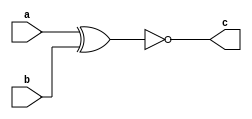
// Gate Level Modeling
module xnor_gate(c,a,b);
input a,b;
output c;
xnor (c,a,b);
endmodule

//Test Bench
module xnor_test;
reg a,b;
wire c;
xnor_gate  xnor_test(c,a,b);
initial
begin
#000 a=0;b=0;
#100 a=0;b=1;
#100 a=1;b=0;
#100 a=1;b=1;
end
initial
begin
$monitor($time,"a=%b,b=%b,c=%b",a,b,c);
end
endmodule